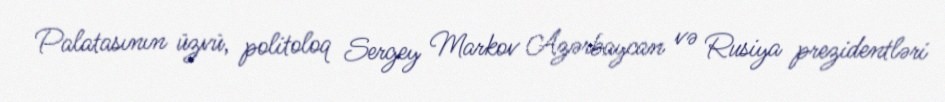
Palatasının üzvü, politoloq Sergey Markov Azərbaycan və Rusiya prezidentləri